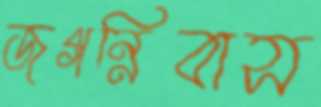
জগন্নিবাস